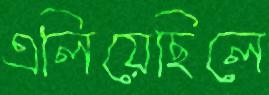
এলিয়েছিলে